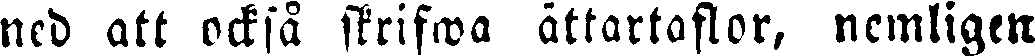
ned att också skrifwa ättartaflor, nemligtn